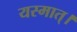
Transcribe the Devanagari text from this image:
यस्मात्।